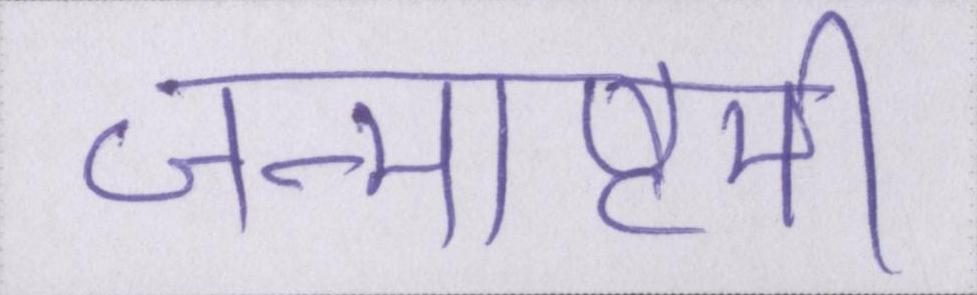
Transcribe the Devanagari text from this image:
जन्माष्टमी